Virumaa_algkoolid, lk 56
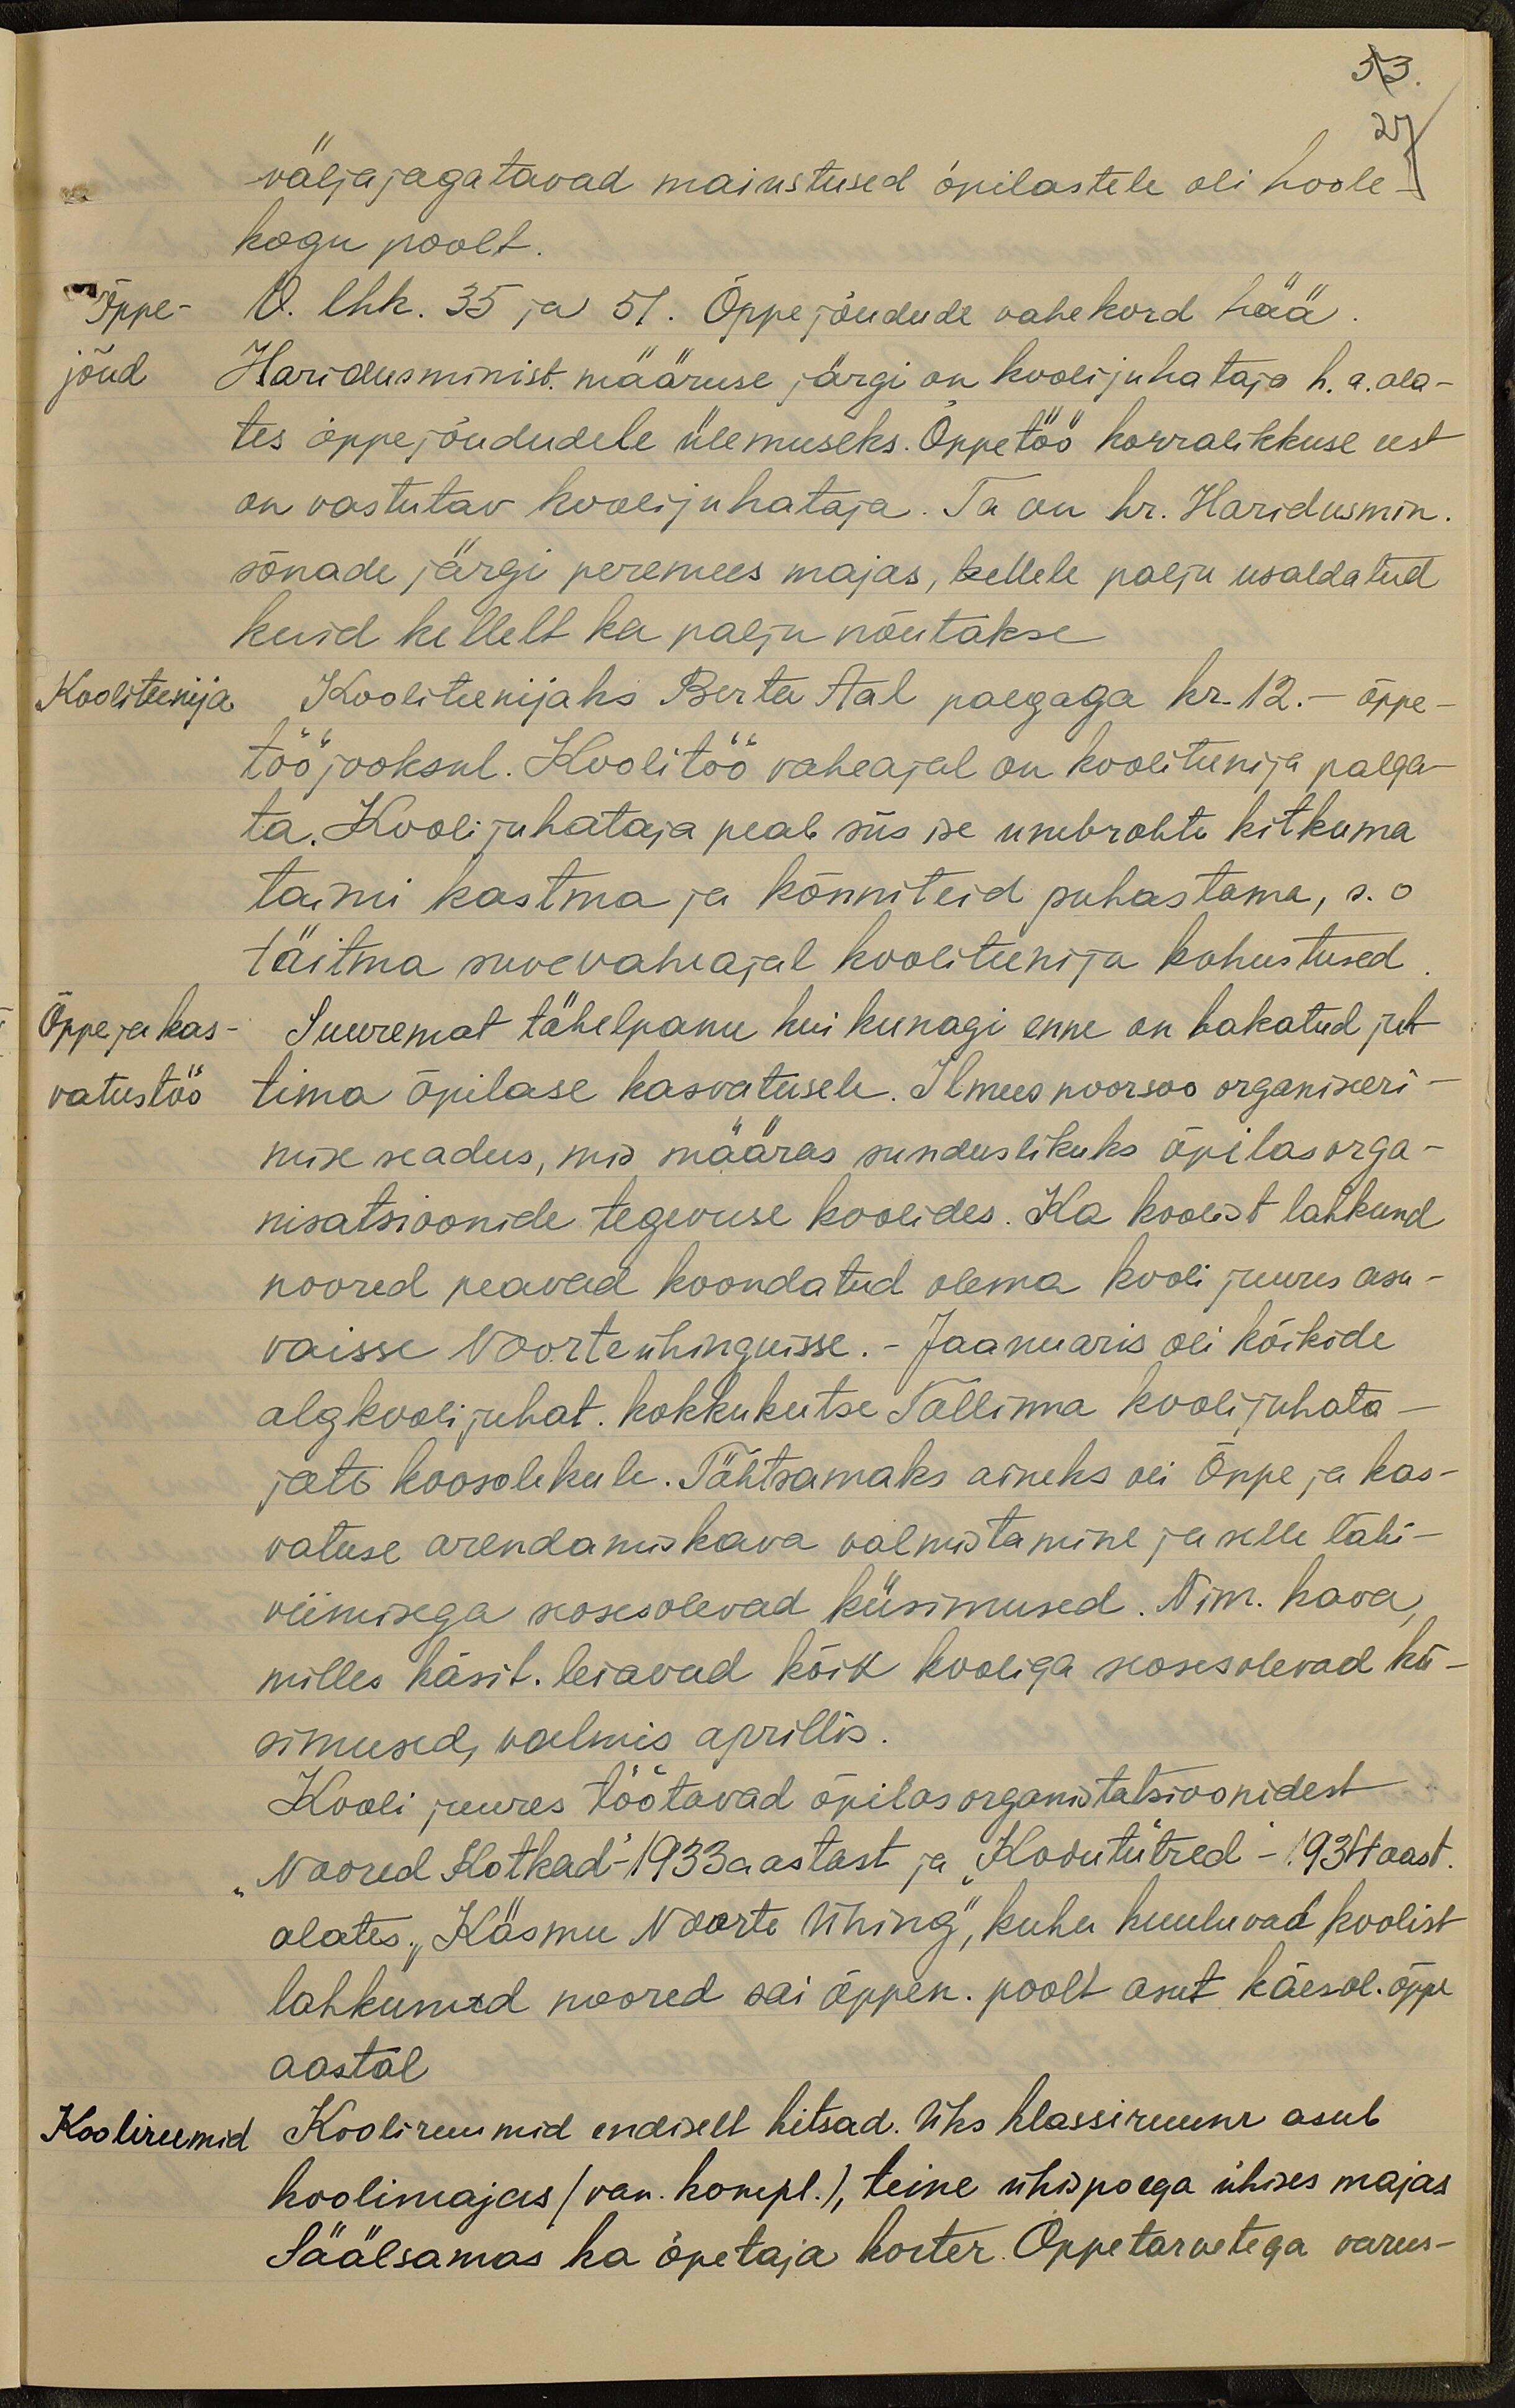
53.
väljajagatavad maiustused õpilastele oli hoole-
kogu poolt.
Õppe-
V. lhk. 35 ja 51. Õppejõudude vahekord hää
jõud
Haridusminist. määruse järgi on koolijuhataja h.a. ala-
tes õppejõududele ülemuseks. Õppetöö korralikkuse eest
on vastutav koolijuhataja. Ta on hr. Haridusmin.
sõnade järgi peremees majas, kellele palju usaldatud
kuid kellelt ka palju nõutakse
Kooliteenija
Kooliteenijaks Berta Aal palgaga kr. 12. - õppe
töö jooksul. Koolitöö vaheajal on kooliteenija palga-
ta. Koolijuhataja peab siis ise umbrohte kitkuma
taimu kastma ja kõnniteid puhastama, s. o
täitma suvevaheajal kooliteenija kohustused
Õppe ja kas
Suuremat tähelepanu kui kunagi enne on hakatud juh-
vatustöö
tima õpilase kasvatusele. Ilmus noorsoo organiseeri-
mise seadus, mis määras sunduslikuks õpilasorga-
nisatsioonide tegevuse koolides. Ka koolist lahkund
noored peavad koondatud olema kooli juures asu-
vaisse Noorteühinguisse. Jaanuaris oli kõikide
algkoolijuhat. kokkukutse Tallinna koolijuhata-
jate koosolekule. Tähtsamaks aineks oli Õppe ja kas-
vatuse arendamiskava valmistamine ja selle läbi-
viimisega seosesolevad küsimused. Nim. kava,
milles käsit. leiavad kõik kooliga seosesolevad kü-
simused, valmis aprillis.
Kooli juures töötavad õpilasorganistatsioonidest
"Noored Kotkad" - 1933 aastast ja "Kodutütred" - 1934 aast.
alates. "Käsmu Noorte Ühing", kuhu kuuluvad koolist
lahkunud noored sai õppen. poolt asut käesol. õppe
aastal
Koolirumid
Kooliruumid endiselt kitsad. Üks klassiruum asub
koolimajas /van. kompl.) teine ühispoega ühises majas
Säälsamas ka õpetaja korter. Õppetarvetega varus-